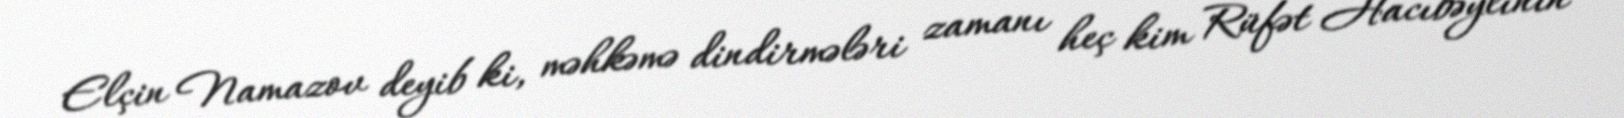
Elçin Namazov deyib ki, məhkəmə dindirmələri zamanı heç kim Rüfət Hacıbəylinin